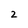
Character: 2